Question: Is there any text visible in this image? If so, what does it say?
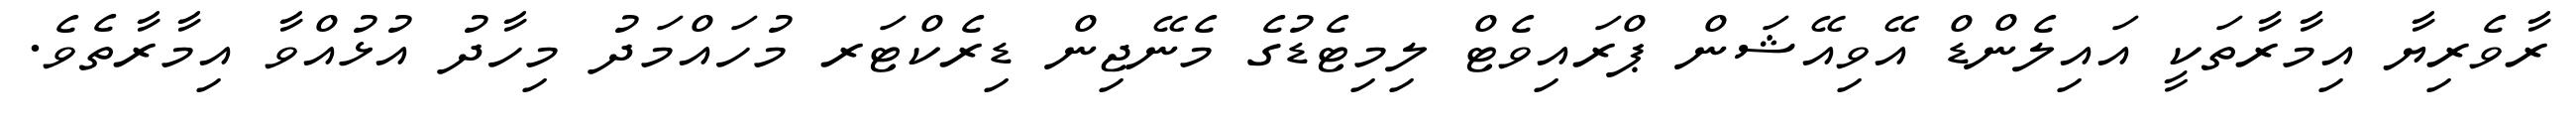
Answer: ރާވެރިޔާ އިމާރާތަކީ އައިލެންޑް އޭވިއޭޝަން ޕްރައިވެޓް ލިމިޓެޑުގެ މެނޭޖިން ޑިރެކްޓަރ މުހައްމަދު މިހާދު އުޅުއްވާ އިމާރާތެވެ.